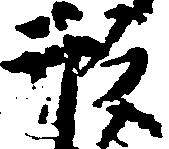
形